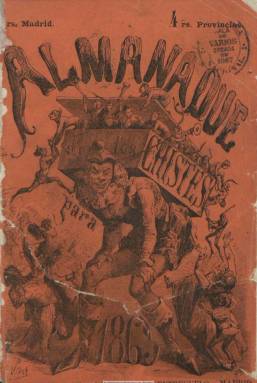
Título: Almanaque de los chistes
Colección: Almanaques || Revistas satíricas y humorísticas
Ámbito geográfico: Madrid
Lugar de publicación: Madrid
Fechas: 01/01/1869-31/12/1883

Publicación anual de marcado carácter popular contó como redactor, entre otros, con Carlos de Palomera y Ferrer. Los almanaques, en general, tuvieron una gran difusión durante todo el siglo XIX, especialmente en su segunda mitad, y en la mayoría de ellos se puede encontrar una cierta intencionalidad educativa dirigida hacia las clases mas populares, entre las que alcanzaron una amplia divulgación. Además de los datos específicos referidos a cada uno de los días del año, distribuidos en meses,  con diferentes informaciones astronómicas solían incluir, asimismo, contenidos muy variados  tales como las festividades religiosas, santorales, etc. sin embargo, muchos de ellos se decantaron por una cierta especialización temática como la política, la sátira, la literatura o el humor, del cual este título es una buena muestra de ello. En sus páginas podemos encontrar desde el característico “Juicio del año” (apartado común a casi todos los almanaques de la época), en el que se recogía las predicciones para todo el periodo,  y que, en este caso, están referidas en tono jocoso y burlesco, hasta chistes, cuentos, adivinanzas, anécdotas así como diferentes narraciones y comedias cortas, todo ello adornado con ilustraciones pensadas para apoyar al texto, haciéndolo mas fácilmente comprensible.